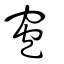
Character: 窇